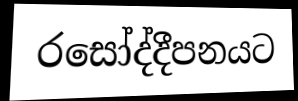
රසෝද්දීපනයට